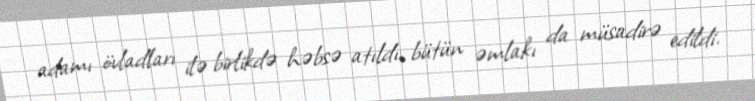
adamı övladları ilə birlikdə həbsə atıldı, bütün əmlakı da müsadirə edildi.